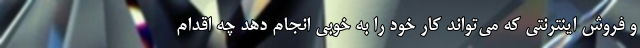
و فروش اینترنتی که می‌تواند کار خود را به خوبی انجام دهد چه اقدام